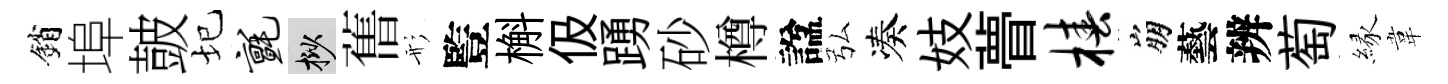
銷埠皷圮毡挲𦾔形䜿槲伋踴砂樽諡弘凑妓瞢椿崩藝辨萄縁韋